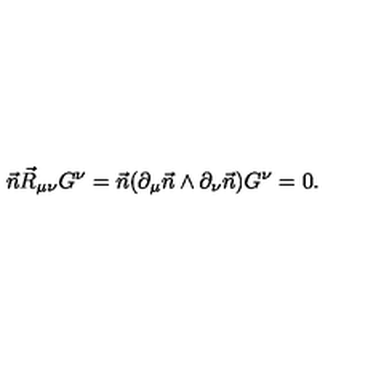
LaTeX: \vec { n } \vec { R } _ { \mu \nu } G ^ { \nu } = \vec { n } ( \partial _ { \mu } \vec { n } \wedge \partial _ { \nu } \vec { n } ) G ^ { \nu } = 0 .